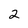
Character: 2